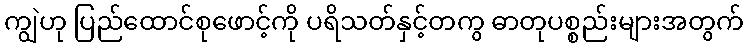
ကျွဲဟု ပြည်ထောင်စုဖောင့်ကို ပရိသတ်နှင့်တကွ ဓာတုပစ္စည်းများအတွက်